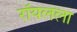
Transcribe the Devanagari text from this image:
रॉयलला